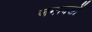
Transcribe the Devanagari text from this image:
जमावडों